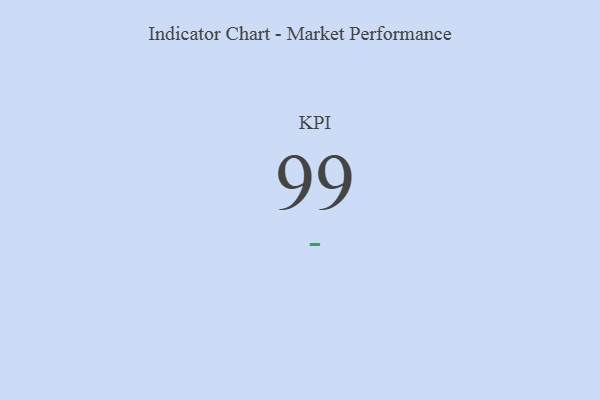
{"axis": {"x": "KPI", "y": "Value"}, "legend": [""], "data": [{"x": "KPI", "y": 99, "type": ""}]}